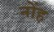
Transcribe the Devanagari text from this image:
नोंह